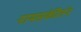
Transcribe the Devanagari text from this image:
नामसंकीर्तन